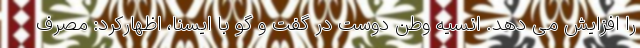
را افزایش می دهد. انسیه وطن دوست در گفت و گو با ایسنا، اظهارکرد: مصرف